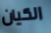
الكيان